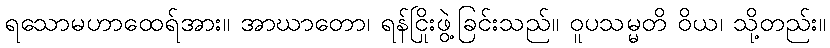
ရသောမဟာထေရ်အား။ အာဃာတော၊ ရန်ငြိုးဖွဲ့ခြင်းသည်။ ဝူပသမ္မတိ ဝိယ၊ သို့တည်း။